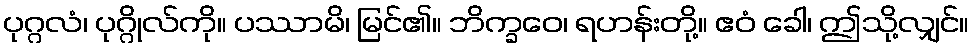
ပုဂ္ဂလံ၊ ပုဂ္ဂိုလ်ကို။ ပဿာမိ၊ မြင်၏။ ဘိက္ခဝေ၊ ရဟန်းတို့။ ဧဝံ ခေါ၊ ဤသို့လျှင်။